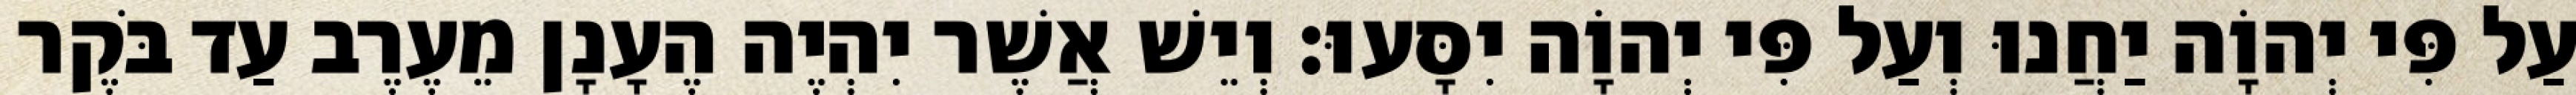
עַל פִּי יְהוָֹה יַחֲנוּ וְעַל פִּי יְהוָֹה יִסָּעוּ׃ וְיֵשׁ אֲשֶׁר יִהְיֶה הֶעָנָן מֵעֶרֶב עַד בֹּקֶר